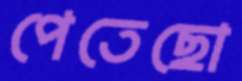
পেতেছো